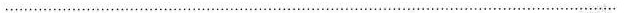
…………